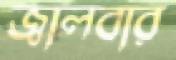
জ্বালবার